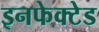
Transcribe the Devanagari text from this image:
इनफेक्टेड